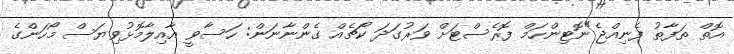
އޮތް ތަފާތު ފެނިއްޖެ"ނޮޓިންހަމް ފޮރެސްޓަށް ވަރުގަދަ ކޯޗެއް ގެންނާނަން: ހަސާވީ އާއިލާމޮޅުވިޔަސް މޯހަންގެ